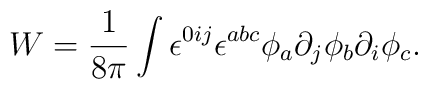
W = {1\over{8\pi}} \int \epsilon^{0ij} \epsilon^{abc}	\phi_a \partial_j \phi_b \partial_i \phi_c.